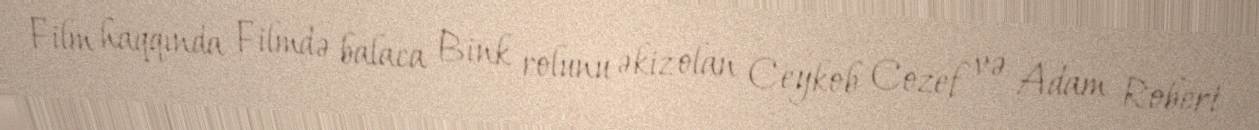
Film haqqında Filmdə balaca Bink rolunu əkiz olan Ceykob Cozef və Adam Robert